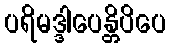
ပရိမဒ္ဒါပေန္တိပိပေ